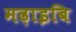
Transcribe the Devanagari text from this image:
मढ़ाइबि